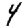
Digit: 4